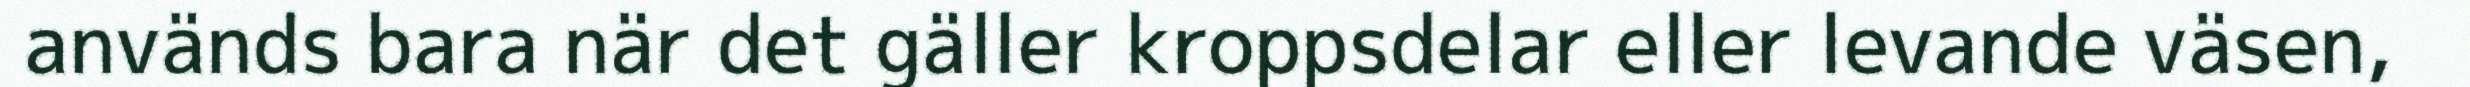
används bara när det gäller kroppsdelar eller levande väsen,